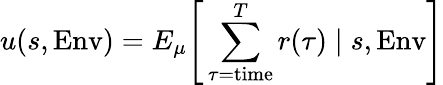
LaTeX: u(s,\mathrm{Env})=E_{\mu}{\Bigg[}\sum_{\tau={\mathrm{time}}}^{T}r(\tau)\mid s,\mathrm{Env}{\Bigg]}